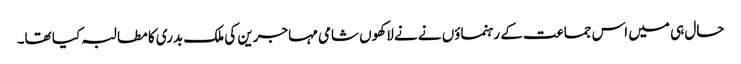
حال ہی میں اس جماعت کے رہنماؤں نے نے لاکھوں شامی مہاجرین کی ملک بدری کا مطالبہ کیا تھا۔